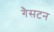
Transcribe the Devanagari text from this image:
गैसटन